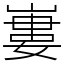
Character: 㟺